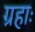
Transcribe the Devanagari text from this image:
ग्रहाः